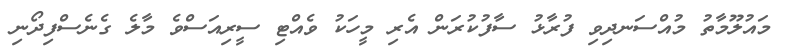
މައުލޫމާތު މުއްސަނދިވި ފުރާޅު ސާފުކުރަން އެރި މީހަކު ވެއްޓި ސީރިއަސްވެ މާލެ ގެނެސްފިދޯނި